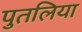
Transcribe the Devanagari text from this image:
पुतलिया